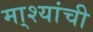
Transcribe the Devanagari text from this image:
मा्श्यांची